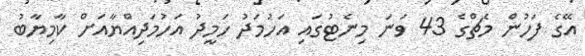
އޭގެ ފަހުން މެޗްގެ 43 ވަނަ މިނެޓުގައި އަހުމަދު ހަމީދު އަހުމަދިއްޔާއަށް ކާމިޔާބު